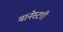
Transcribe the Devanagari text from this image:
मानेस्टरी